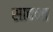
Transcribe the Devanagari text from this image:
सादना